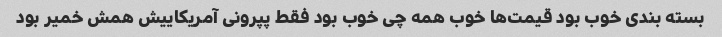
بسته بندی خوب بود قیمت‌ها خوب همه چی خوب بود فقط پپرونی آمریکاییش همش خمیر بود